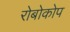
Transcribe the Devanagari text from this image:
रोबोकोप